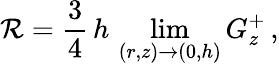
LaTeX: \mathcal{R}=\frac{3}{4}\, h\, \operatorname*{lim}_{(r,z)\to(0,h)}G_{z}^{+}\, ,